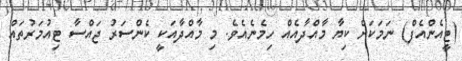
(ޓީއެންއެފް) ނަމަކަށް ކިޔާ މާއްދާއެއް ހިމެނެއެވެ. މި މާއްދާއަކީ ކެންސަރު ޖައްސާ ޓިއުމަރުތައް